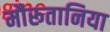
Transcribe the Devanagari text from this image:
मौरूतानिया